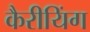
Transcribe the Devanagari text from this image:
कैरीयिंग